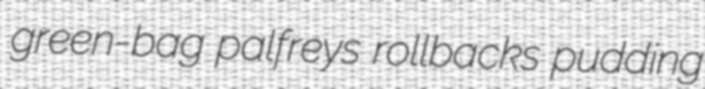
green-bag palfreys rollbacks pudding